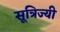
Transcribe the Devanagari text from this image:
सूत्रिज्यी